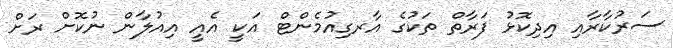
ސަރުކާރާއި އިދިކޮޅު ފަރާތް ތަކުގެ އާރގިއުމެންޓް އަކީ އެއީ އިއުލާން ނުކޮށް ރަށް